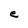
Character: e